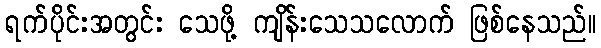
ရက်ပိုင်းအတွင်း သေဖို့ ကျိန်းသေသလောက် ဖြစ်နေသည်။